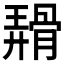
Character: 𬴑